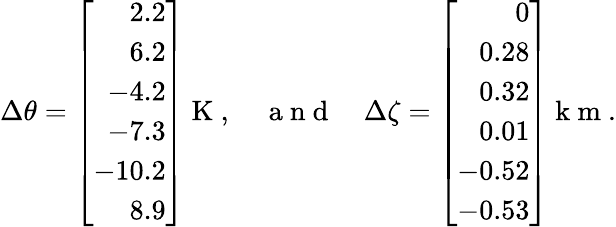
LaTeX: {\Delta\theta}=\left[\begin{array}{r}{2.2}\\ {6.2}\\ {-4.2}\\ {-7.3}\\ {-10.2}\\ {8.9}\end{array}\right]\mathrm{~K~},\quad\mathrm{~a~n~d~}\quad{\Delta\zeta}=\left[\begin{array}{r}{0}\\ {0.28}\\ {0.32}\\ {0.01}\\ {-0.52}\\ {-0.53}\end{array}\right]\mathrm{~k~m~}.